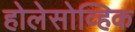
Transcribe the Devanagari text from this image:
होलेसोव्हिक